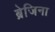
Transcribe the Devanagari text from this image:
ब्रेजिना